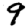
Digit: 9